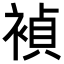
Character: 𬡥